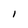
Character: 1